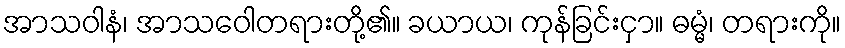
အာသဝါနံ၊ အာသဝေါတရားတို့၏။ ခယာယ၊ ကုန်ခြင်းငှာ။ ဓမ္မံ၊ တရားကို။